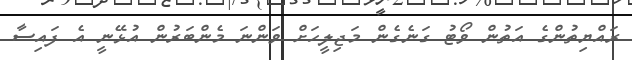
ރައްޔިތުންގެ އަތުން ވޯޓު ގަނެގެން މަޖިލީހަށް ވަންނަ މެންބަރުން އުޅޭނީ އެ ފައިސާ